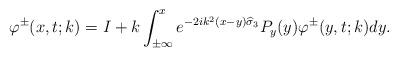
LaTeX: \begin{align*}\varphi^{\pm}(x,t;k)=I+k\int_{ \pm \infty }^{ x }e^{-2ik^2(x-y)\widehat{\sigma}_3}P_y(y)\varphi^{\pm}(y,t;k) dy. \end{align*}